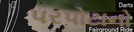
પરપોટાનો